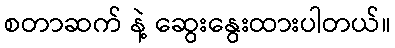
စတာဆက် နဲ့ ဆွေးနွေးထားပါတယ်။